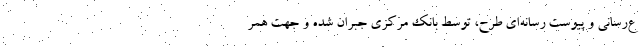
ع‌رسانی و پیوست رسانه‌ای طرح، توسط بانک مرکزی جبران شده و جهت همر